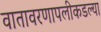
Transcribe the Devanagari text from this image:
वातावरणापलीकडल्या